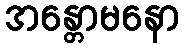
အန္တောမနော